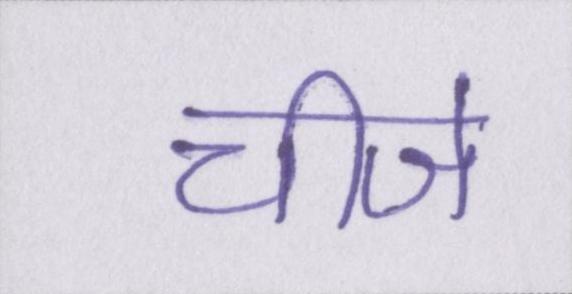
चीजे